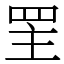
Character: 罜